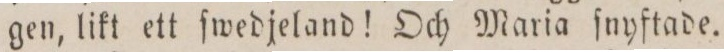
gen, likt ett ſwedjeland! Och Maria ſnyftade.